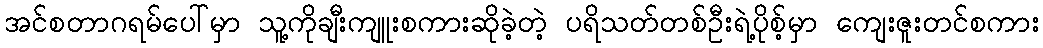
အင်စတာဂရမ်ပေါ်မှာ သူ့ကိုချီးကျူးစကားဆိုခဲ့တဲ့ ပရိသတ်တစ်ဦးရဲ့ပိုစ့်မှာ ကျေးဇူးတင်စကား